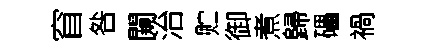
窅咎闚治贮御煮歸礧禍